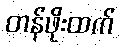
တန်ဖိုးထက်